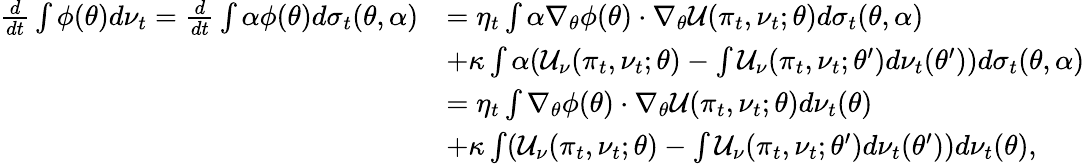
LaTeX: \begin{array}{rl}{\frac{d}{dt}\int\phi(\theta)d\nu_{t}=\frac{d}{dt}\int\alpha\phi(\theta)d\sigma_{t}(\theta,\alpha)}&{=\eta_{t}\int\alpha\nabla_{\theta}\phi(\theta)\cdot\nabla_{\theta}\mathcal{U}(\pi_{t},\nu_{t};\theta)d\sigma_{t}(\theta,\alpha)}\\ &{+\kappa\int\alpha(\mathcal{U}_{\nu}(\pi_{t},\nu_{t};\theta)-\int\mathcal{U}_{\nu}(\pi_{t},\nu_{t};\theta^{\prime})d\nu_{t}(\theta^{\prime}))d\sigma_{t}(\theta,\alpha)}\\ &{=\eta_{t}\int\nabla_{\theta}\phi(\theta)\cdot\nabla_{\theta}\mathcal{U}(\pi_{t},\nu_{t};\theta)d\nu_{t}(\theta)}\\ &{+\kappa\int(\mathcal{U}_{\nu}(\pi_{t},\nu_{t};\theta)-\int\mathcal{U}_{\nu}(\pi_{t},\nu_{t};\theta^{\prime})d\nu_{t}(\theta^{\prime}))d\nu_{t}(\theta),}\end{array}